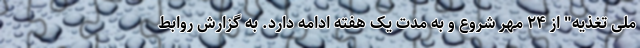
ملی تغذیه" از ۲۴ مهر شروع و به مدت یک هفته ادامه دارد. به گزارش روابط